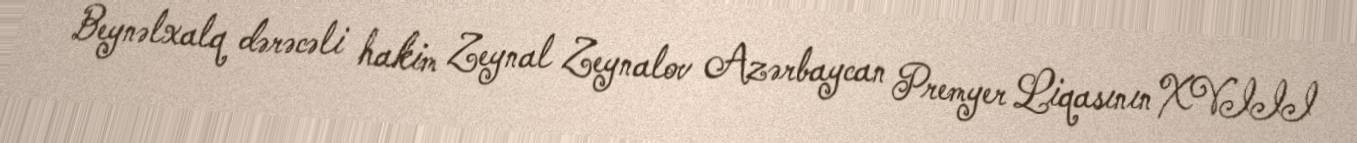
Beynəlxalq dərəcəli hakim Zeynal Zeynalov Azərbaycan Premyer Liqasının XVIII